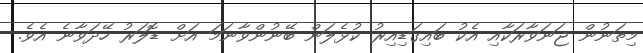
މިތަނުން ޖަނަވާރަކާއި އެކު ބައިގަޑިއިރު ކުޅެލަން ބޭނުންވާނަމަ އަށް ޑޮލަރު ހޭދަވާނެ އެެވެ.